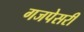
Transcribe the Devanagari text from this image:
गजपेसरी